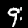
Digit: 9